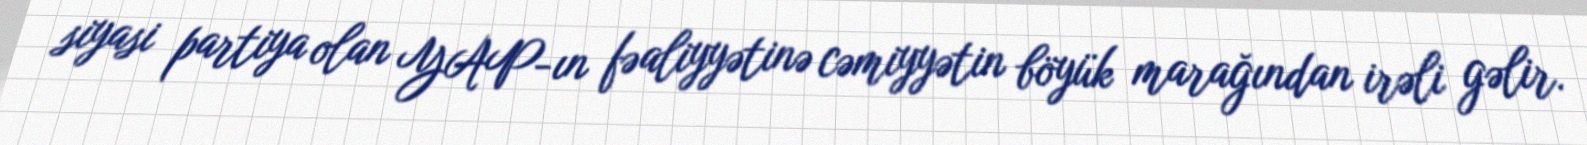
siyasi partiya olan YAP-ın fəaliyyətinə cəmiyyətin böyük marağından irəli gəlir.